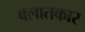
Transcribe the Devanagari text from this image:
बलातकार